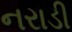
નરાડી